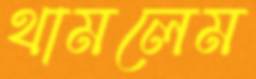
থামলেম